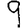
Digit: 9